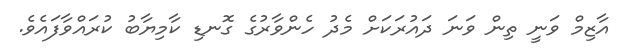
އާޒިމް ވަނީ ތިން ވަނަ ދައުރަކަށް މެދު ހެންވާރުގެ ގޮނޑި ކާމިޔާބު ކުރައްވާފައެވެ.